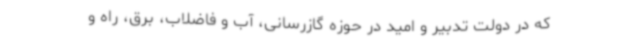
که در دولت تدبیر و امید در حوزه گازرسانی، آب و فاضلاب، برق، راه و